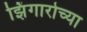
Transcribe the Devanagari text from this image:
झिंगारोच्या